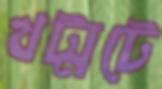
খট্‌মটে